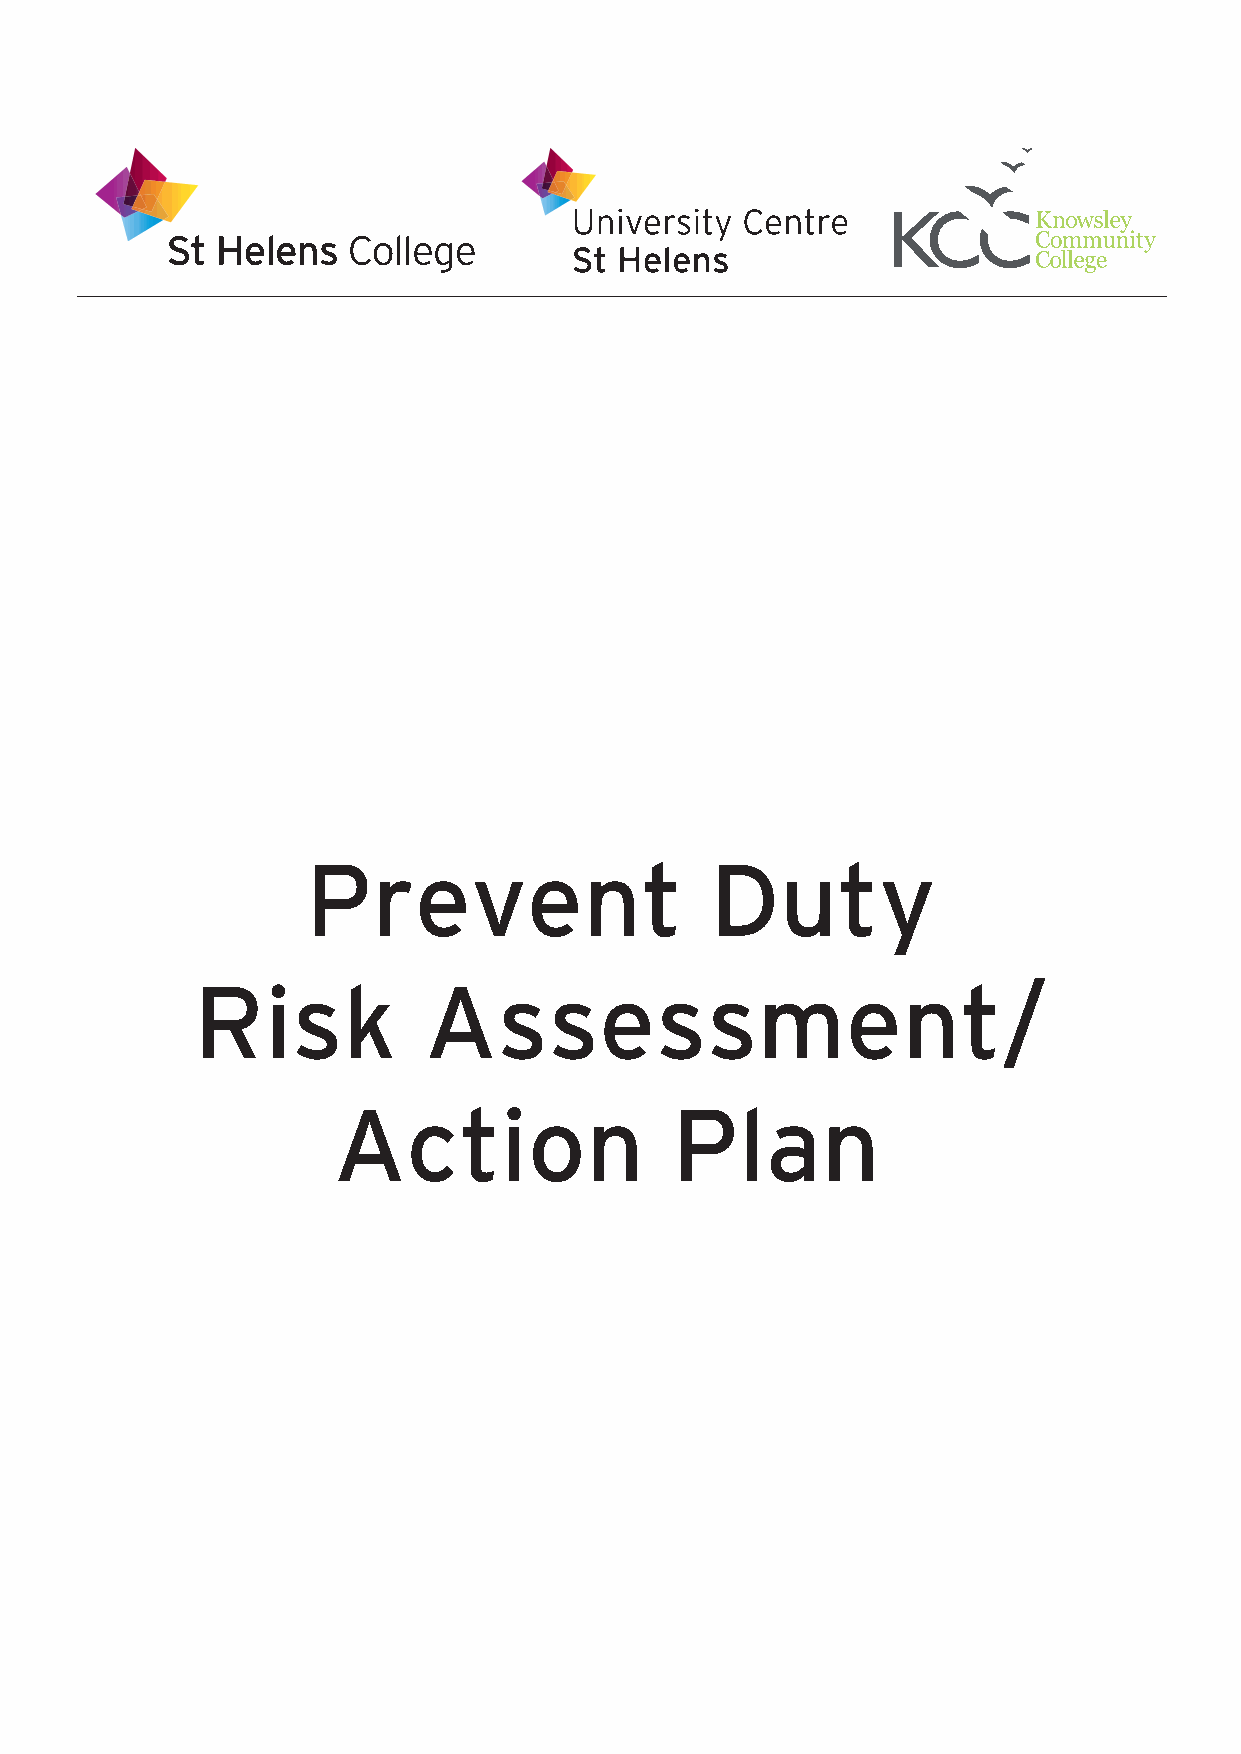
Prevent                    Duty
 Risk           Assessment/
 Action                Plan